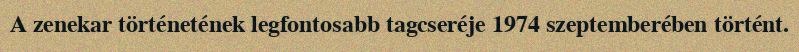
A zenekar történetének legfontosabb tagcseréje 1974 szeptemberében történt.